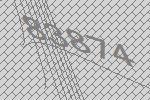
83874